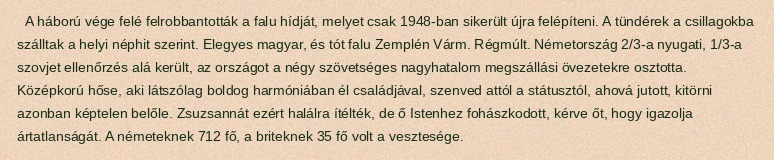
A háború vége felé felrobbantották a falu hídját, melyet csak 1948-ban sikerült újra felépíteni. A tündérek a csillagokba szálltak a helyi néphit szerint. Elegyes magyar, és tót falu Zemplén Várm. Régmúlt. Németország 2/3-a nyugati, 1/3-a szovjet ellenőrzés alá került, az országot a négy szövetséges nagyhatalom megszállási övezetekre osztotta. Középkorú hőse, aki látszólag boldog harmóniában él családjával, szenved attól a státusztól, ahová jutott, kitörni azonban képtelen belőle. Zsuzsannát ezért halálra ítélték, de ő Istenhez fohászkodott, kérve őt, hogy igazolja ártatlanságát. A németeknek 712 fő, a briteknek 35 fő volt a vesztesége.